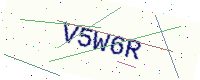
Text: V5W6R